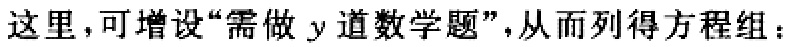
这里,可增设“需做 \(y\) 道数学题”,从而列得方程组：